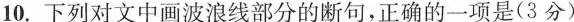
10. 下列对文中画波浪线部分的断句，正确的一项是(3 分)